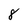
Character: 8